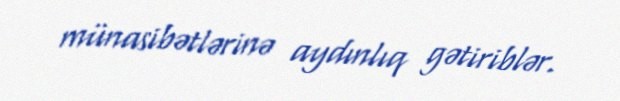
münasibətlərinə aydınlıq gətiriblər.